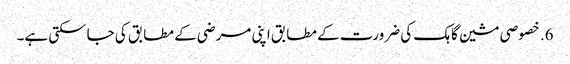
6. خصوصی مشین گاہک کی ضرورت کے مطابق اپنی مرضی کے مطابق کی جاسکتی ہے۔